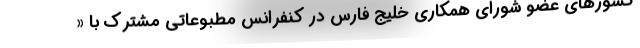
کشورهای عضو شورای همکاری خلیج فارس در کنفرانس مطبوعاتی مشترک با «